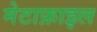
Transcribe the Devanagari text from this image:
मेटाफ़ाइल